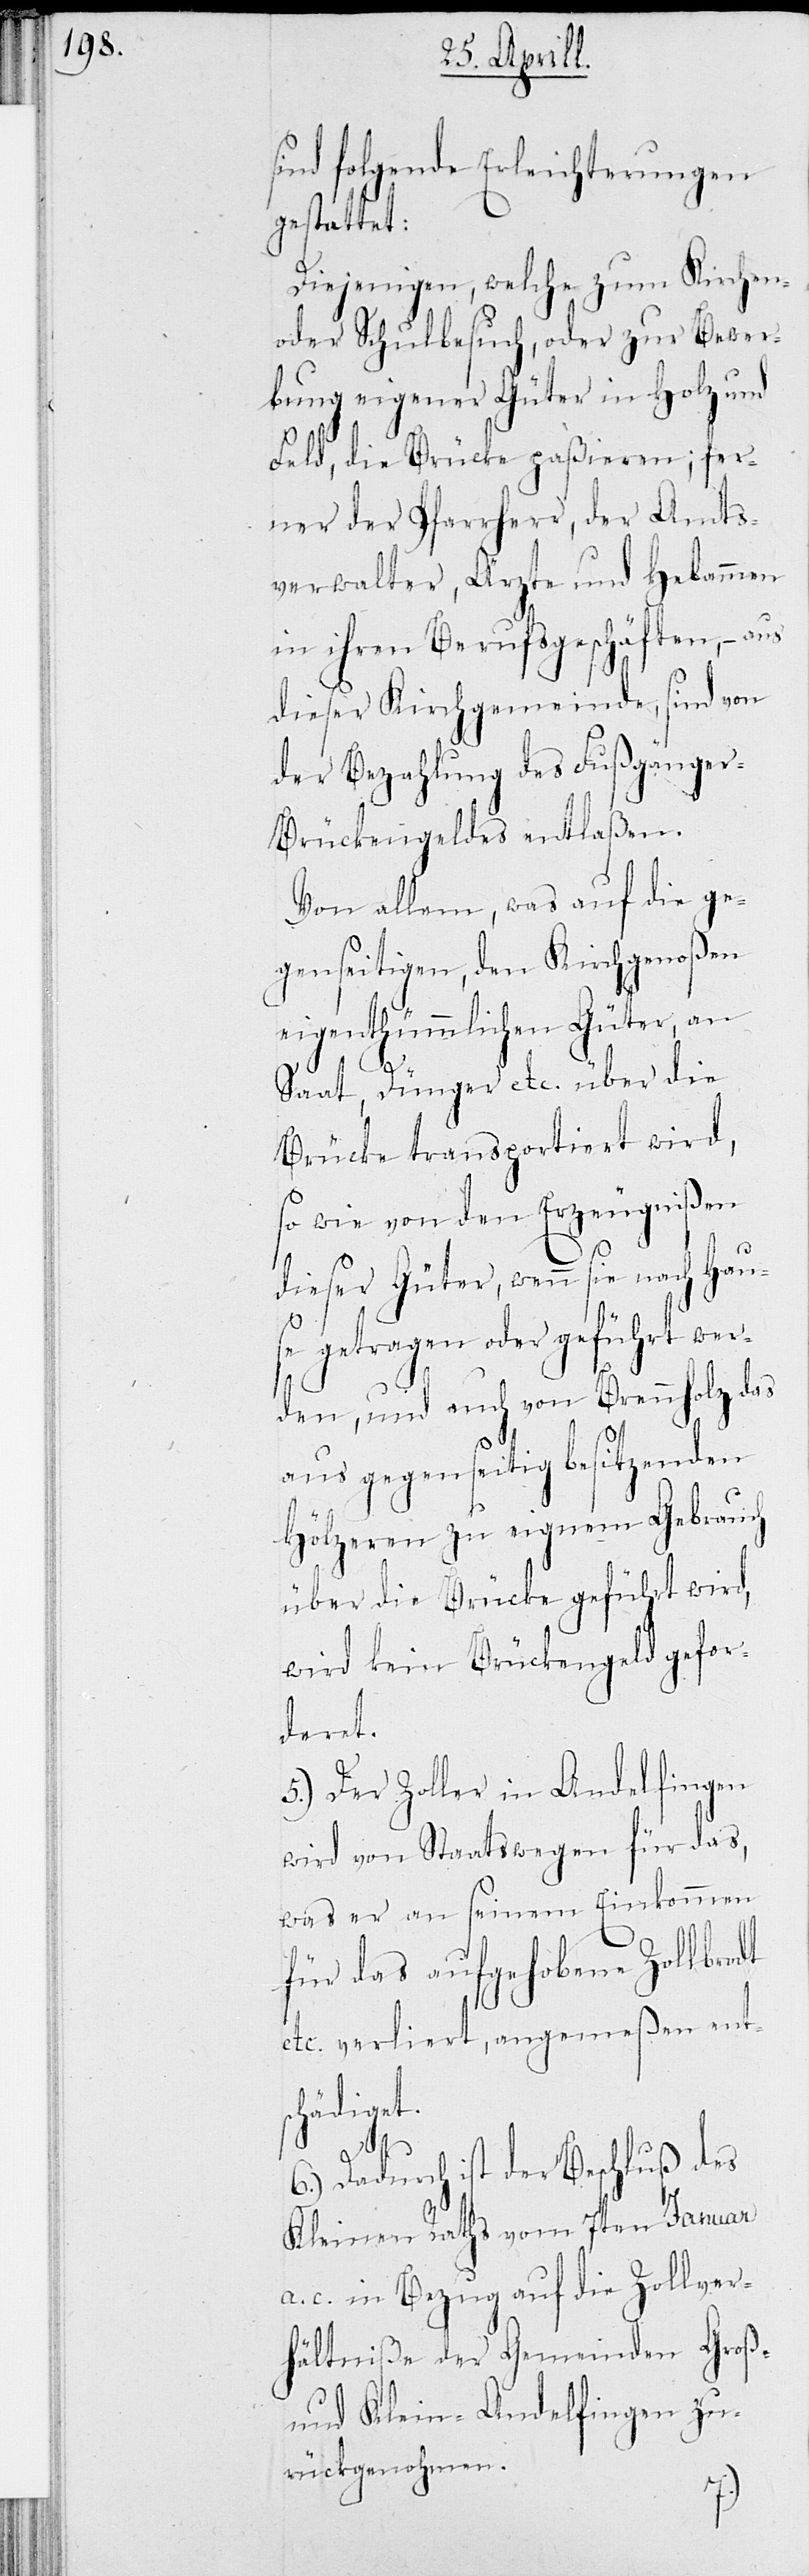
sind folgende Erleichterungen
gestattet:
Diejenigen, welche zum Kirchen-
oder Schulbesuch, oder zur Bewer¬
bung eigener Güter in Holz und
Feld, die Brücke paßieren; fer¬
ner der Pfarrherr, der Amts¬
verwalter, Ärzte und Hebammen
in ihren Berufsgeschäften, – aus
dieser Kirchgemeinde, sind von
der Bezahlung des Fußgänge¬
r-Brückengeldes entlaßen.
Von allem, was auf die ge¬
genseitigen, den Kirchgenoßen
eigenthümmlichen Güter, an
6.)
Saat, Dünger etc. über die
Brücke transportiert wird,
so wie von den Erzeugnißen
dieser Güter, wenn sie nach Hau¬
se getragen oder geführt wer¬
den, und auch von Brennholz das
aus gegenseitig besitzenden
Hölzeren zu eigenem Gebrauch
über die Brücke geführt wird,
wird kein Brückengeld gefor¬
deret.
5.) Der Zoller in Andelfingen
wird von Staatswegen für das,
was er an seinem Einkommen
für das aufgehobene Zollbrodt
etc. verliert, angemeßen ents¬
chädiget.
Dadurch ist der Beschluß des
Kleinen Raths vom 7ten Januar
a. c. in Bezug auf die Zollver¬
hältniße der Gemeinden Groß-
und Klein-Andelfingen zu¬
rückgenohmen.